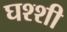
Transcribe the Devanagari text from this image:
घश्शी